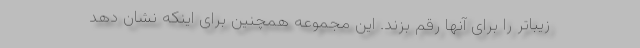
زیباتر را برای آنها رقم بزند. این مجموعه همچنین برای اینکه نشان دهد